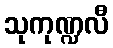
သုကုဏ္ဍလီ